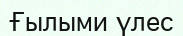
Ғылыми үлес